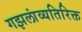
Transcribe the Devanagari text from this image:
गझलांव्यतिरिक्त